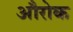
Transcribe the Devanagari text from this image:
औरोक